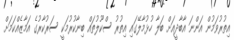
އިތުރުވަމުން އަންނަ އާބާދީއަށް ބަލާ ހުޅުމާލޭގައި އިތުރު ސްކޫލުތައް ބިނާކުރުމަކީ ސަރުކާރުގެ އަމާޒެއްކަމަށް